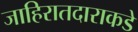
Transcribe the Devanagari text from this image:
जाहिरातदाराकडे